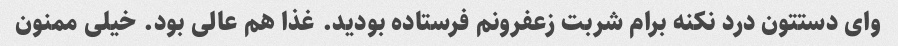
وای دستتون درد نکنه برام شربت زعفرونم فرستاده بودید. غذا هم عالی بود. خیلی ممنون